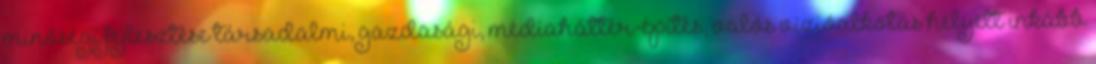
minőségi fejlesztése társadalmi, gazdasági, médiaháttér-építés, valós vízióalkotás helyett inkább